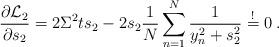
LaTeX: \begin{align*} \frac{\partial {\cal L}_2}{\partial s_2}=2\Sigma^2 ts_2-2s_2 \frac{1}{N}\sum_{n=1}^N\frac{1}{y_n^2+s_2^2}\stackrel{!}{=} 0 \:.\end{align*}